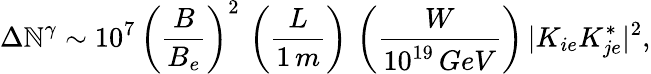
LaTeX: \Delta\mathbb{N}^{\gamma}\sim10^{7}\, \left(\frac{{B}}{{B_{e}}}\right)^{2}\, \left(\frac{{L}}{{1\, m}}\right)\, \left(\frac{{W}}{{10^{19}\, GeV}}\right)\, |K_{ie}K_{je}^{*}|^{2},